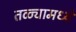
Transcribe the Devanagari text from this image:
तळ्यामध्ये